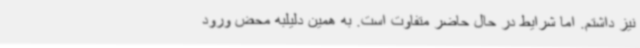
نیز داشتم. اما شرایط در حال حاضر متفاوت است. به همین دلیلبه محض ورود